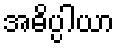
အဓိပ္ပါယာ